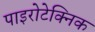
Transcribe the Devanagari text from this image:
पाइरोटेक्निक